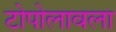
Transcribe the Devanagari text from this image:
टोपोलावला